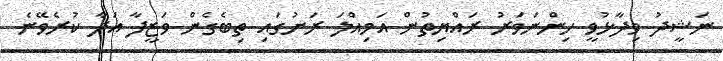
ނަޝީދު ވިދާޅުވީ ހިންނަވަރު ރައްޔިތުން އަމިއްލަ ރަށުގައި ތިބެގެން ވަޒީފާ އަދާ ކުރެވޭނެ